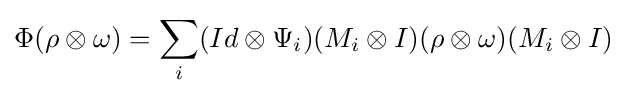
\Phi (\rho \otimes \omega )=\sum _{i}(Id\otimes \Psi _{i})(M_{i}\otimes I)(\rho \otimes \omega )(M_{i}\otimes I)